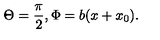
\Theta = \frac \pi 2 , \Phi = b ( x + x _ { 0 } ) .